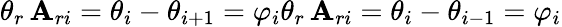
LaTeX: \theta_{r}\, \mathbf{A}_{ri}=\theta_{i}-\theta_{i+1}=\varphi_{i}\theta_{r}\, \mathbf{A}_{ri}=\theta_{i}-\theta_{i-1}=\varphi_{i}